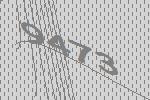
9473